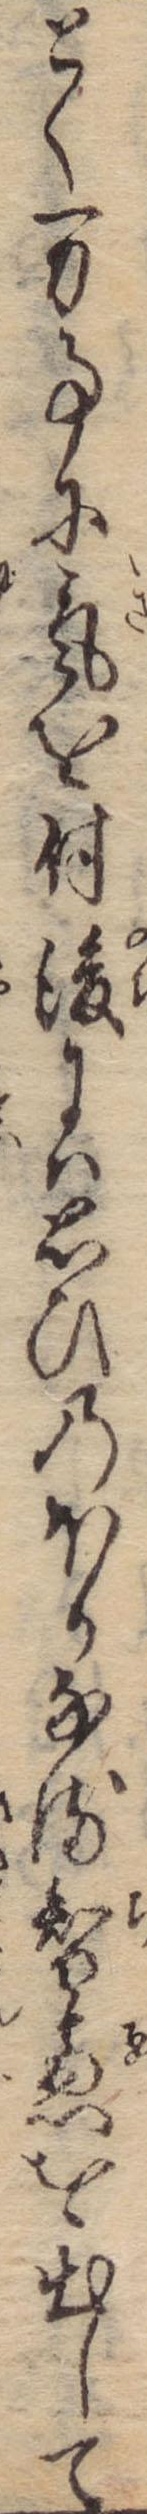
とく万事に気を付後には思ひのほかなる智恵を出して